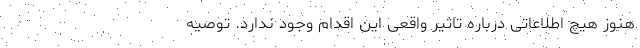
هنوز هیچ اطلاعاتی درباره تاثیر واقعی این اقدام وجود ندارد. توصیه